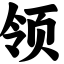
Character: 领